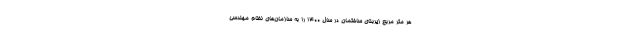
هر متر مربع زیربنای ساختمان در سال ۱۴۰۰ را به سازمان‌های نظام مهندسی